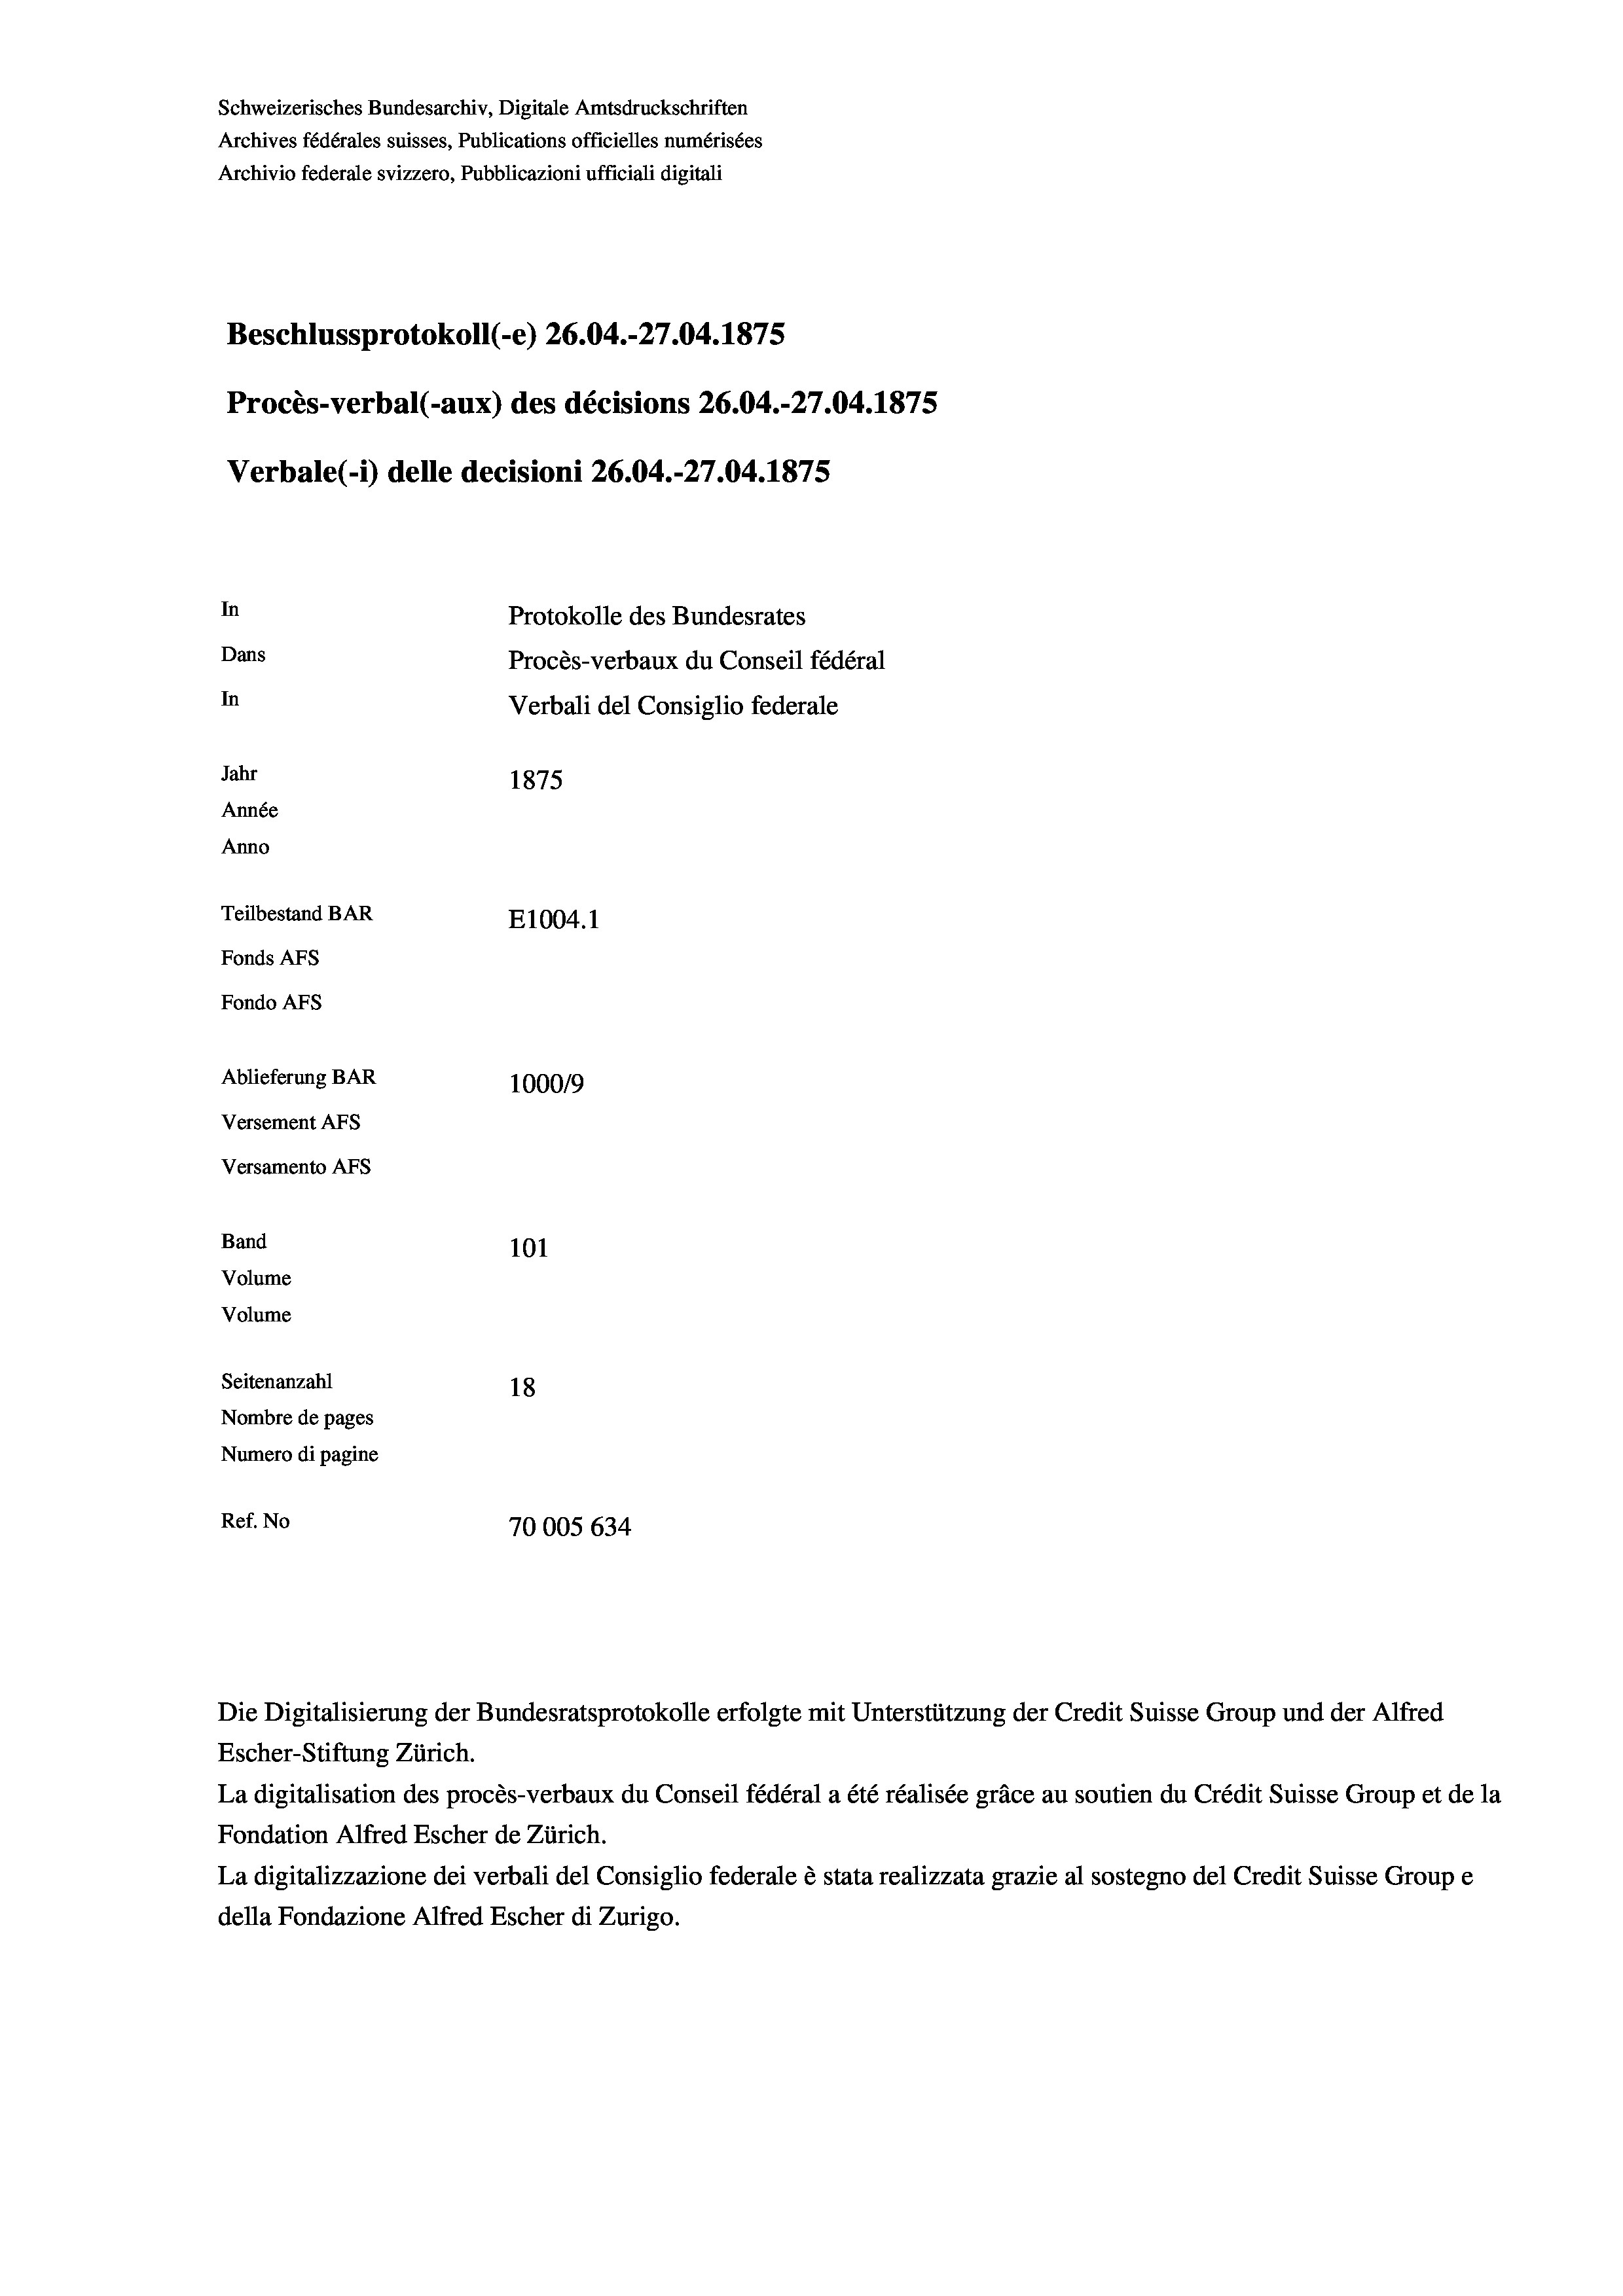
Schweizerisches Bundesarchiv, Digitale Amtsdruckschriften
Archives fédérales suisses, Publications officielles numérisées
Archivio federale svizzero, Pubblicazioni ufficiali digitali
Beschlussprotokoll (-e) 26.04.-27.04. 1875
Procès-verbal (-aux) des décisions 26.04.-27.04. 1875
Verbale(*) delle decisioni 26.04.-27.04. 1875
In
Protokolle des Bundesrates
Dans
Procès-verbaux du Conseil fédéral
In
Verbali del Consiglio federale
Jahr
1875
Année
Anno
Teilbestand BAR
E1004. 1
Fonds AFs
Fondo Afs
Ablieferung BAR
100019
Versement AFs
Versamento Afs
Band
101
Volume
Volume
Seitenanzahl
18
Nombre de pages
Numero di pagine
Ref. No
70005 634

Escher-Stiftung Zürich.
La digitalisation des procès-verbaux du Conseil fédéral a été réalisée gräce au soutien du Crédit Suisse Group et de la
Fondation Alfred Escher de Zürich.
La digitalizzazione dei verbali del Consiglio federale è stata realizzata grazie al sostegno del Credit Suisse Groupe
della Fondazione Alfred Escher di Zurigo.

Die Digitalisierung der Bundesratsprotokolle erfolgte mit Unterstützung der Credit Suisse Group und der Alfred